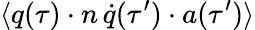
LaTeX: \langle q(\tau)\cdot n\, \dot{q}(\tau^{\prime})\cdot a(\tau^{\prime})\rangle